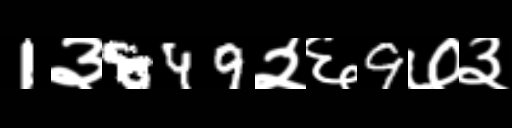
Text: 1३849२६9७३